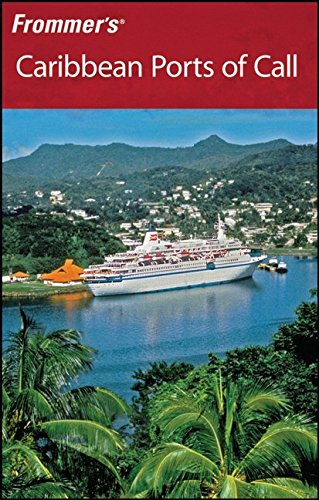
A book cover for Frommer's Caribbean Ports of Call (Frommer's Complete Guides); Christina Paulette Colon; Travel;